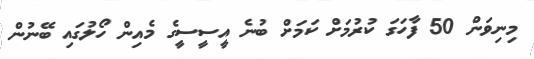
މިނިވަން 50 ފާހަގަ ކުރުމަށް ކަމަށް ބުނެ އީސީސީގެ މެއިން ހޯލުގައި ބޭނުން